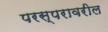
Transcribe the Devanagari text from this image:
परस्परावरील